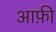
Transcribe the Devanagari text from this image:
आफ़ी